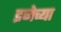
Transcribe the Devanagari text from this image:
इजेच्या